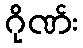
ဂိုဏ်း